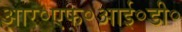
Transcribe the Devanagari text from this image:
आर॰एफ॰आई॰डी॰